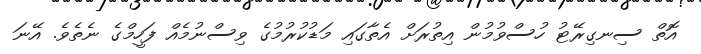
އޮތް ސިނގިރޭޓު ހުސްވުމުން އިތުރަށް އެތާގައި މަޑުކުރުމުގެ ވިސްނުމެއް ފަހީމްގެ ނެތެވެ. އޭނަ